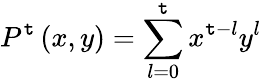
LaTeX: P^{\mathtt{t}}\left(x,y\right)=\sum_{l=0}^{\mathtt{t}}x^{\mathtt{t}-l}y^{l}